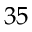
3 5